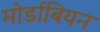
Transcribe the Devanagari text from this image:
मोर्डाबियन